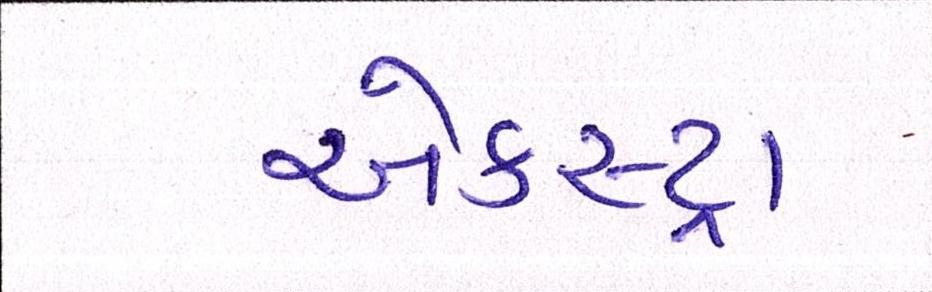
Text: એકસ્ટ્રા